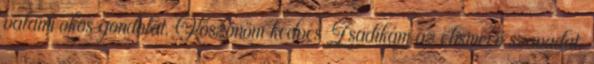
valami okos gondolat. Köszönöm kedves Zsadikám az elismerő szavadat.